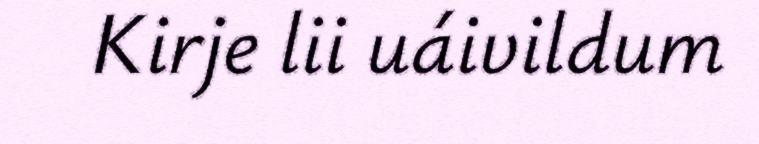
Kirje lii uáivildum